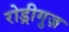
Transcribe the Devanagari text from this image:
रोड्रीगुज़